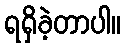
ရရှိခဲ့တာပါ။